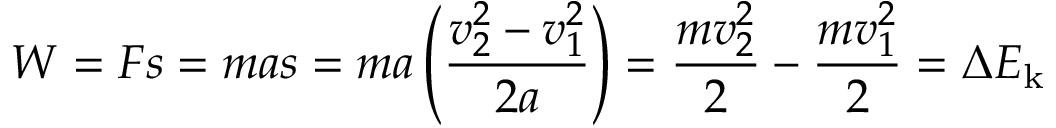
W = F s = m a s = m a \left( { \frac { v _ { 2 } ^ { 2 } - v _ { 1 } ^ { 2 } } { 2 a } } \right) = { \frac { m v _ { 2 } ^ { 2 } } { 2 } } - { \frac { m v _ { 1 } ^ { 2 } } { 2 } } = \Delta { E _ { \mathrm { k } } }